Report on sanitation, dispensaries, and jails in Rajputana for 1910, and on vaccination for the year 1910-1911 - 1910-1911
Year: 1910
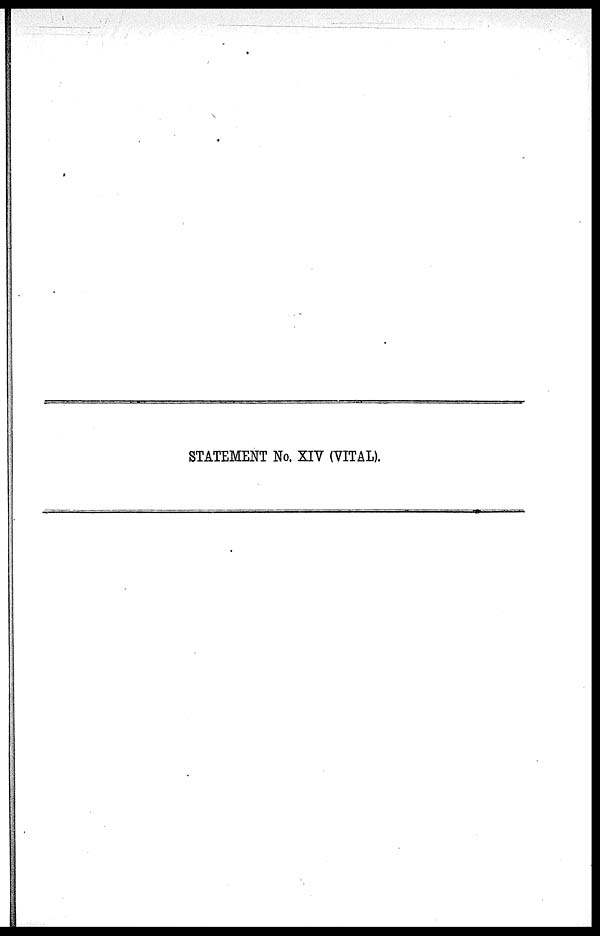
STATEMENT No. XIV (VITAL).